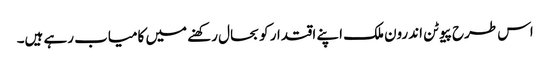
اس طرح پیوٹن اندرون ملک اپنے اقتدار کو بحال رکھنے میں کامیاب رہے ہیں۔